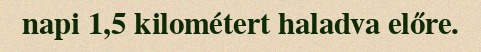
napi 1,5 kilométert haladva előre.